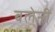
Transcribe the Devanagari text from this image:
बलेनी